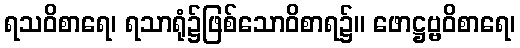
ရသဝိစာရေ၊ ရသာရုံ၌ဖြစ်သောဝိစာရ၌။ ဖောဋ္ဌဗ္ဗဝိစာရေ၊